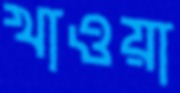
খাওয়া